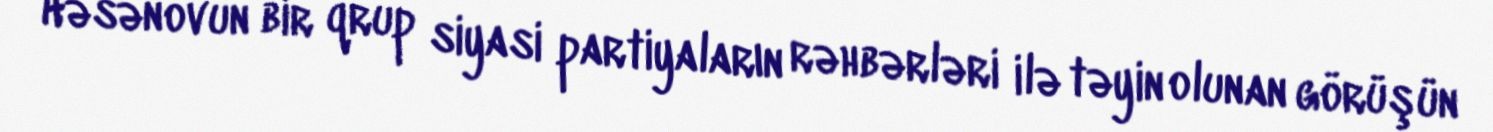
Həsənovun bir qrup siyasi partiyaların rəhbərləri ilə təyin olunan görüşün